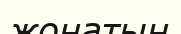
жонатын